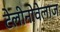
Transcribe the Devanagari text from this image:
टेलीनोवेलाज